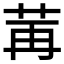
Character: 𫇶